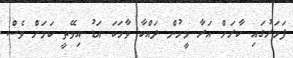
ފަހަރުގައި ކާރަށް އަރާ މީހުން ދައްކާ ވާހަކަ އަޑު އިވޭތީ ކަމަށް ވެސް